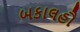
બકાલહૌ